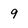
Character: 9